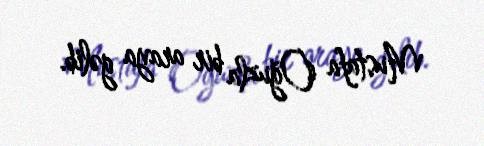
Mustafa Oğuzla bir araya gəlib.